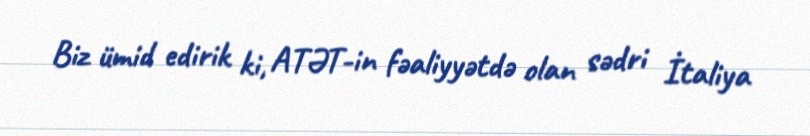
Biz ümid edirik ki, ATƏT-in fəaliyyətdə olan sədri İtaliya